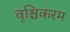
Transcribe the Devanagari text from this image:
वृश्चिकरम